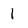
Character: 1